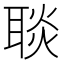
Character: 𦖠